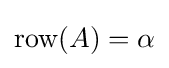
\mathrm {row} (A)=\alpha